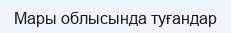
Мары облысында туғандар